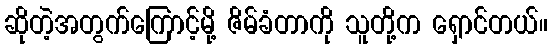
ဆိုတဲ့အတွက်ကြောင့်မို့ ဇိမ်ခံတာကို သူတို့က ရှောင်တယ်။